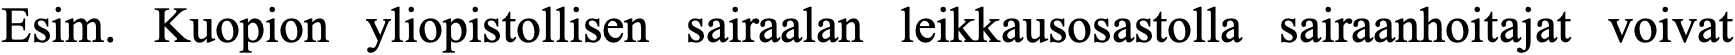
Esim. Kuopion yliopistollisen sairaalan leikkausosastolla sairaanhoitajat voivat